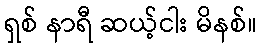
ရှစ် နာရီ ဆယ့်ငါး မိနစ်။